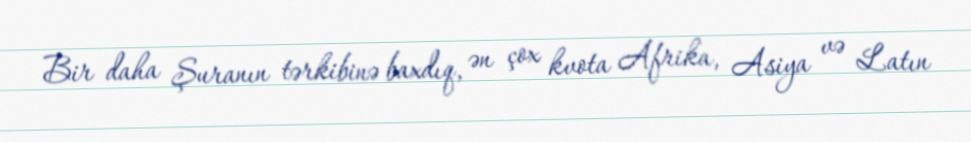
Bir daha Şuranın tərkibinə baxdıq, ən çox kvota Afrika, Asiya və Latın